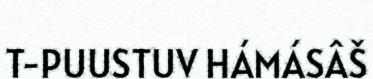
T-PUUSTUV HÁMÁSÂŠ